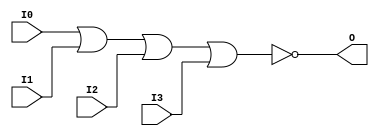

/*

FUNCTION	: 4-INPUT NOR GATE

*/

`timescale  100 ps / 10 ps

`celldefine

module NOR4 (O, I0, I1, I2, I3);


    output O;

    input  I0, I1, I2, I3;

    nor O1 (O, I0, I1, I2, I3);

    specify
	(I0 *> O) = (0, 0);
	(I1 *> O) = (0, 0);
	(I2 *> O) = (0, 0);
	(I3 *> O) = (0, 0);
    endspecify

endmodule

`endcelldefine